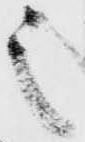
之